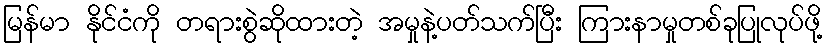
မြန်မာ နိုင်ငံကို တရားစွဲဆိုထားတဲ့ အမှုနဲ့ပတ်သက်ပြီး ကြားနာမှုတစ်ခုပြုလုပ်ဖို့